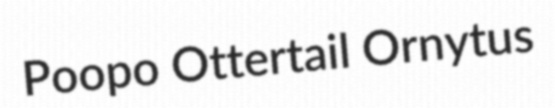
Poopo Ottertail Ornytus